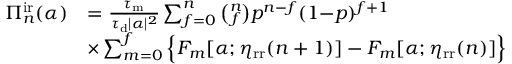
\begin{array} { r l } { \Pi _ { n } ^ { \mathrm { i r } } ( \alpha ) } & { = \frac { \tau _ { \mathrm { m } } } { \tau _ { \mathrm { d } } | \alpha | ^ { 2 } } \sum _ { f = 0 } ^ { n } \binom { n } { f } p ^ { n - f } ( 1 { - } p ) ^ { f + 1 } } \\ & { \times \sum _ { m = 0 } ^ { f } \Big \{ F _ { m } [ \alpha ; \eta _ { \mathrm { r r } } ( n + 1 ) ] - F _ { m } [ \alpha ; \eta _ { \mathrm { r r } } ( n ) ] \Big \} } \end{array}